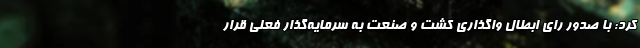
کرد: با صدور رای ابطال واگذاری کشت و صنعت به سرمایه‌گذار فعلی قرار